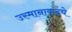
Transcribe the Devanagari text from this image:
उस्मानाबादचे